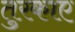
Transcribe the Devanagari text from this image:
तुरकाए